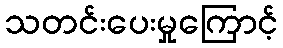
သတင်းပေးမှုကြောင့်